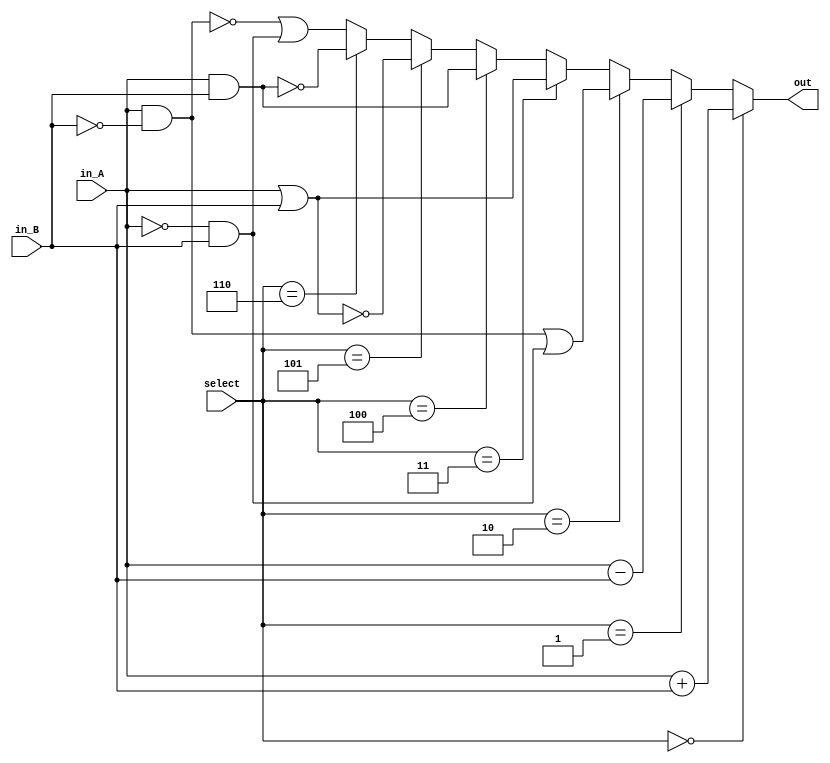
module ALU(in_A, in_B, out, select);

	input[3:0] in_A, in_B;
	input[2:0] select;
	
	output[3:0] out;
	assign out = 	( select == 0 )? in_A+in_B : 
					( select == 1 )? in_A-in_B : 
					( select == 2 )? ((in_A)&(~in_B))|((~in_A)&(in_B)) : 
					( select == 3 )? in_A|in_B : ( select == 4 )? in_A&in_B : 
					( select == 5 )? ~(in_A|in_B) : 
					( select == 6 )? ~(in_A&in_B) : 
					~((in_A)&(~in_B))|((~in_A)&(in_B));

endmodule